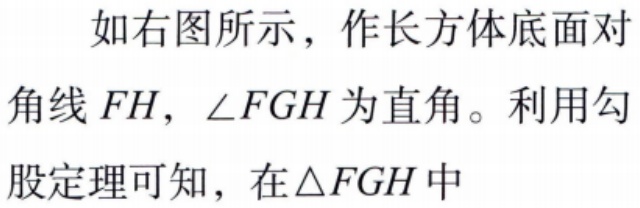
如右图所示，作长方体底面对角线 \(FH\)，\(\angle FGH\) 为直角。利用勾股定理可知，在 \(\triangle FGH\) 中